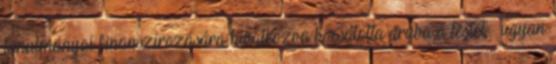
tanulmányai finanszírozására hivatkozva bocsátotta áruba a testét – ugyan